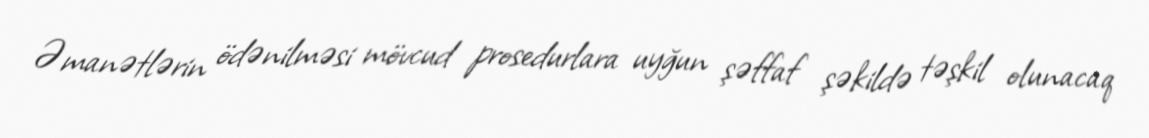
Əmanətlərin ödənilməsi mövcud prosedurlara uyğun şəffaf şəkildə təşkil olunacaq